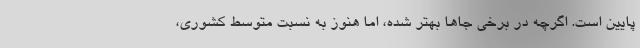
پایین است. اگرچه در برخی جاها بهتر شده، اما هنوز به نسبت متوسط کشوری،